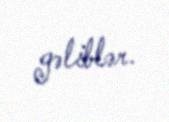
gəliblər.